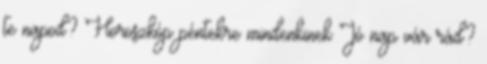
te napod? Horoszkóp péntekre mindenkinek Jó nap vár rád?